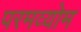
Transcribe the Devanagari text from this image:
परमव्योम